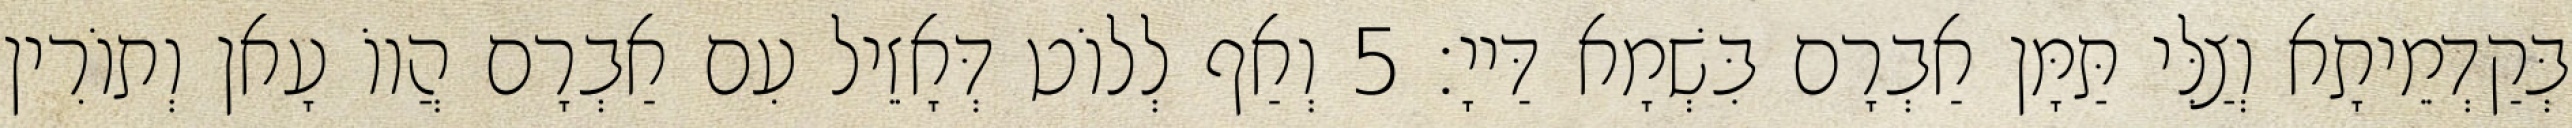
בְּקַדְמֵיתָא וְצַלִּי תַּמָּן אַבְרָם בִּשְׁמָא דַּייָ׃ 5 וְאַף לְלוֹט דְּאָזֵיל עִם אַבְרָם הֲווֹ עָאן וְתוֹרִין